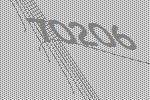
70206